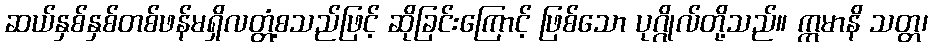
ဆယ်နှစ်နှစ်တစ်ဖန်မရှိလတ္တံ့စသည်ဖြင့် ဆိုခြင်းကြောင့် ဖြစ်သော ပုဂ္ဂိုလ်တို့သည်။ ဣမာနိ သတ္တ၊